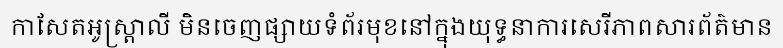
កាសែតអូស្ត្រាលី មិនចេញផ្សាយទំព័រមុខនៅក្នុងយុទ្ធនាការសេរីភាពសារព័ត៌មាន